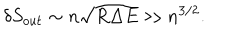
\delta S _ { o u t } \sim n \sqrt { R \Delta E } \gg n ^ { 3 / 2 } .